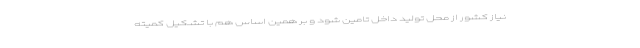
نیاز کشور از محل تولید داخل تامین شود و بر همین اساس هم با تشکیل کمیته